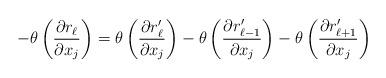
LaTeX: \begin{align*}-\theta\left(\frac{\partial r_{\ell}}{\partial x_j}\right) = \theta\left(\frac{\partial r_{\ell}'}{\partial x_j}\right)-\theta\left(\frac{\partial r_{\ell-1}'}{\partial x_j}\right)-\theta\left(\frac{\partial r_{\ell+1}'}{\partial x_j}\right)\end{align*}